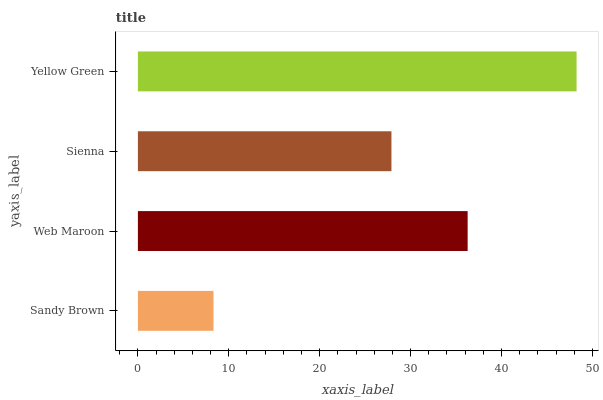
| yaxis_label | bars |
 | --- | --- |
 | Sandy Brown | 8.32 |
 | Web Maroon | 36.3 |
 | Sienna | 27.9 |
 | Yellow Green | 48.3 |